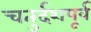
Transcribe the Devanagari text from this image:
चतुर्दशपूर्व